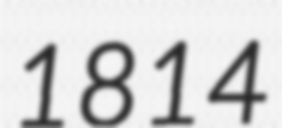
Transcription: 1814